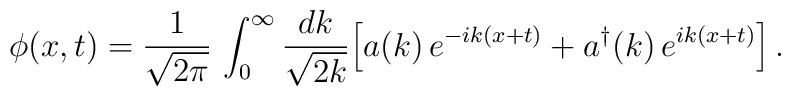
\phi(x,t)=\frac{1}{\sqrt{2\pi}}\,\int_0^\infty\frac{dk}{\sqrt{2k}}\Bigl[a(k)\,e^{-ik(x+t)}+a^\dagger(k)\,e^{ik(x+t)}\Bigr]\,.